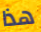
هذا